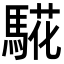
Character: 𩤉